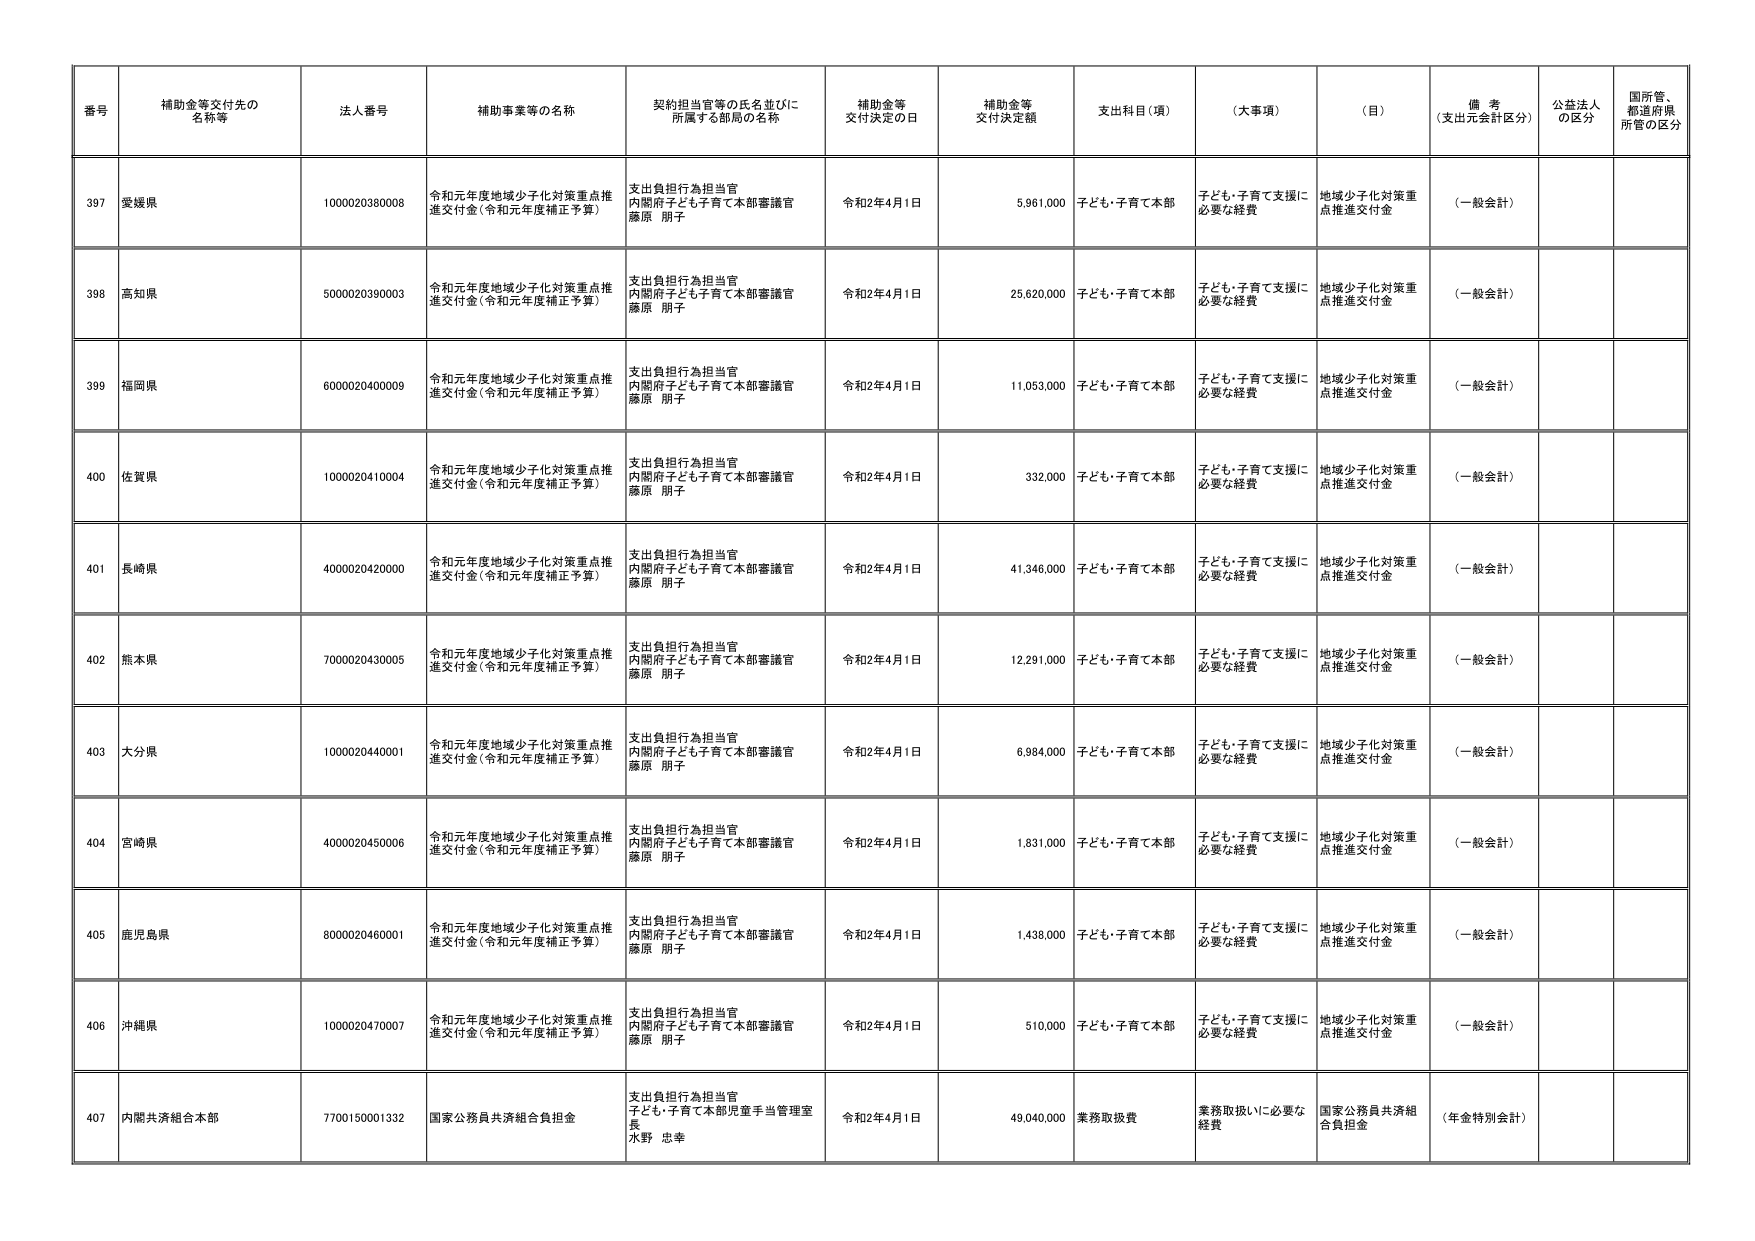
番号 補助金等交付先の名称等 法人番号 補助事業等の名称 契約担当官等の氏名並びに所属する部局の名称 補助金等交付決定の日 補助金等交付決定額 支出科目（項） （大事項） （目） 備考（支出元会計区分） 公益法人の区分 国所管、都道府県所管の区分
397 愛媛県 1000020380008 令和元年度地域少子化対策重点推進交付金（令和元年度補正予算） 支出負担行為担当官 内閣府子ども子育て本部審議官 藤原 朋子 令和2年4月1日 5,961,000 子ども・子育て本部 子ども・子育て支援に必要な経費 地域少子化対策重点推進交付金 （一般会計）
398 高知県 5000020390003 令和元年度地域少子化対策重点推進交付金（令和元年度補正予算） 支出負担行為担当官 内閣府子ども子育て本部審議官 藤原 朋子 令和2年4月1日 25,620,000 子ども・子育て本部 子ども・子育て支援に必要な経費 地域少子化対策重点推進交付金 （一般会計）
399 福岡県 6000020400009 令和元年度地域少子化対策重点推進交付金（令和元年度補正予算） 支出負担行為担当官 内閣府子ども子育て本部審議官 藤原 朋子 令和2年4月1日 11,053,000 子ども・子育て本部 子ども・子育て支援に必要な経費 地域少子化対策重点推進交付金 （一般会計）
400 佐賀県 1000020410004 令和元年度地域少子化対策重点推進交付金（令和元年度補正予算） 支出負担行為担当官 内閣府子ども子育て本部審議官 藤原 朋子 令和2年4月1日 332,000 子ども・子育て本部 子ども・子育て支援に必要な経費 地域少子化対策重点推進交付金 （一般会計）
401 長崎県 4000020420000 令和元年度地域少子化対策重点推進交付金（令和元年度補正予算） 支出負担行為担当官 内閣府子ども子育て本部審議官 藤原 朋子 令和2年4月1日 41,346,000 子ども・子育て本部 子ども・子育て支援に必要な経費 地域少子化対策重点推進交付金 （一般会計）
402 熊本県 7000020430005 令和元年度地域少子化対策重点推進交付金（令和元年度補正予算） 支出負担行為担当官 内閣府子ども子育て本部審議官 藤原 朋子 令和2年4月1日 12,291,000 子ども・子育て本部 子ども・子育て支援に必要な経費 地域少子化対策重点推進交付金 （一般会計）
403 大分県 1000020440001 令和元年度地域少子化対策重点推進交付金（令和元年度補正予算） 支出負担行為担当官 内閣府子ども子育て本部審議官 藤原 朋子 令和2年4月1日 6,984,000 子ども・子育て本部 子ども・子育て支援に必要な経費 地域少子化対策重点推進交付金 （一般会計）
404 宮崎県 4000020450006 令和元年度地域少子化対策重点推進交付金（令和元年度補正予算） 支出負担行為担当官 内閣府子ども子育て本部審議官 藤原 朋子 令和2年4月1日 1,831,000 子ども・子育て本部 子ども・子育て支援に必要な経費 地域少子化対策重点推進交付金 （一般会計）
405 鹿児島県 8000020460001 令和元年度地域少子化対策重点推進交付金（令和元年度補正予算） 支出負担行為担当官 内閣府子ども子育て本部審議官 藤原 朋子 令和2年4月1日 1,438,000 子ども・子育て本部 子ども・子育て支援に必要な経費 地域少子化対策重点推進交付金 （一般会計）
406 沖縄県 1000020470007 令和元年度地域少子化対策重点推進交付金（令和元年度補正予算） 支出負担行為担当官 内閣府子ども子育て本部審議官 藤原 朋子 令和2年4月1日 510,000 子ども・子育て本部 子ども・子育て支援に必要な経費 地域少子化対策重点推進交付金 （一般会計）
407 内閣共済組合本部 7700150001332 国家公務員共済組合負担金 支出負担行為担当官 子ども・子育て本部児童手当管理室長 水野 忠幸 令和2年4月1日 49,040,000 業務取扱費 業務取扱いに必要な経費 国家公務員共済組合負担金 （年金特別会計）